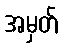
အမှတ်